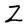
Character: Z